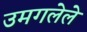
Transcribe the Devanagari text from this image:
उमगलेले